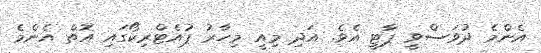
އެންމެ ދުވަސްވީ ޕާޓީ އެވެ. އަދި މިއީ މިހާރު ޕުއެޓްރިކޯގައި އޮތް އެންމެ